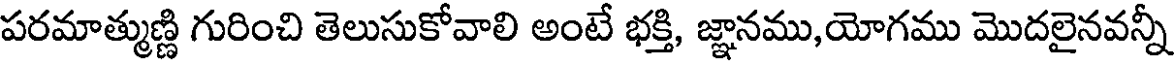
పరమాత్ముణ్ణి గురించి తెలుసుకోవాలి అంటే భక్తి, జ్ఞానము,యోగము మొదలైనవన్నీ